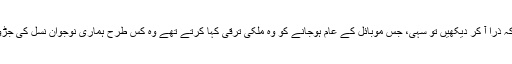
کوئی ان سے کہے کہ ذرا آ کر دیکھیں تو سہی، جس موبائل کے عام ہوجانے کو وہ ملکی ترقی کہا کرتے تھے وہ کس طرح ہماری نوجوان نسل کی جڑوں میں بیٹھ رہا ہے۔